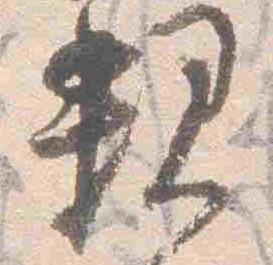
親